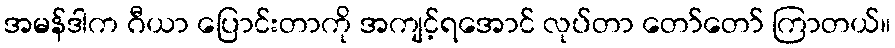
အမန်ဒါက ဂီယာ ပြောင်းတာကို အကျင့်ရအောင် လုပ်တာ တော်တော် ကြာတယ်။